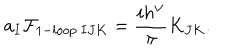
LaTeX: a _ { I } { \cal F } _ { 1 - l o o p \ I J K } = { \frac { i h ^ { \vee } } { \pi } } K _ { J K } .